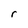
Character: r